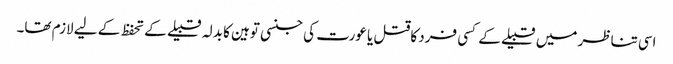
اسی تناظر میں قبیلے کے کسی فرد کاقتل یا عورت کی جنسی توہین کا بدلہ قبیلے کے تحفظ کے لیے لازم تھا۔